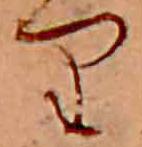
り